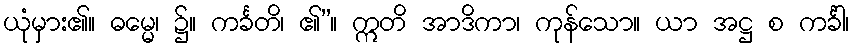
ယုံမှား၏။ ဓမ္မေ၊ ၌။ ကင်္ခတိ၊ ၏”။ ဣတိ အာဒိကာ၊ ကုန်သော။ ယာ အဋ္ဌ စ ကင်္ခါ၊